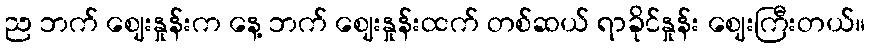
ည ဘက် ဈေးနှုန်းက နေ့ ဘက် ဈေးနှုန်းထက် တစ်ဆယ် ရာခိုင်နှုန်း ဈေးကြီးတယ်။